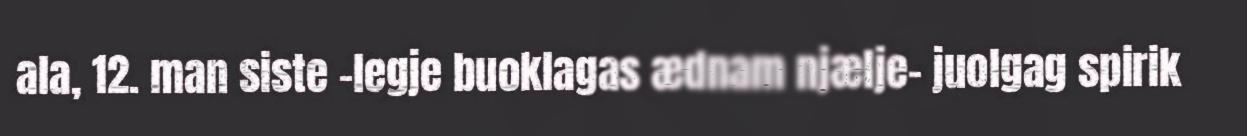
ala, 12. man siste –legje buoklagas ædnam njælje- juolgag spirik